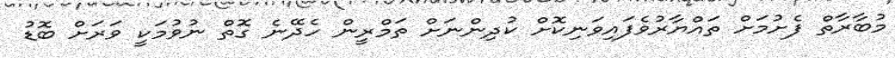
މުބާރާތް ފެށުމަށް ތައްޔާރުވެފައިވަނިކޮށް ކުދިންނަށް ތަމްރީން ހެދޭނެ ގޮތް ނުވުމަކީ ވަރަށް ބޮޑު